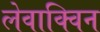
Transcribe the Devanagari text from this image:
लेवाक्विन